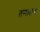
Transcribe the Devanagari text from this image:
तनातन